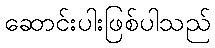
ဆောင်းပါးဖြစ်ပါသည်